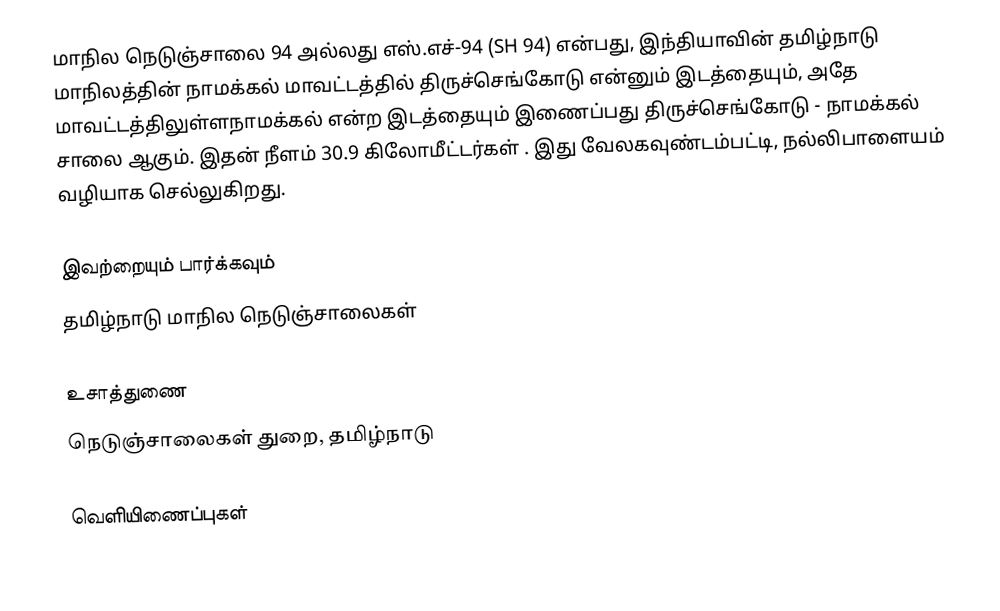
மாநில நெடுஞ்சாலை 94 அல்லது எஸ்.எச்-94 (SH 94) என்பது, இந்தியாவின் தமிழ்நாடு மாநிலத்தின் நாமக்கல் மாவட்டத்தில் திருச்செங்கோடு என்னும் இடத்தையும், அதே மாவட்டத்திலுள்ளநாமக்கல் என்ற இடத்தையும் இணைப்பது திருச்செங்கோடு - நாமக்கல் சாலை ஆகும். இதன் நீளம் 30.9  கிலோமீட்டர்கள் . இது வேலகவுண்டம்பட்டி, நல்லிபாளையம் வழியாக செல்லுகிறது.

இவற்றையும் பார்க்கவும்
 தமிழ்நாடு மாநில நெடுஞ்சாலைகள்

உசாத்துணை
 நெடுஞ்சாலைகள் துறை, தமிழ்நாடு

வெளியிணைப்புகள்